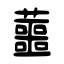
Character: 蘁